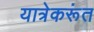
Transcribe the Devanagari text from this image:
यात्रेकरूंत